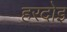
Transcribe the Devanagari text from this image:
हरदोइ